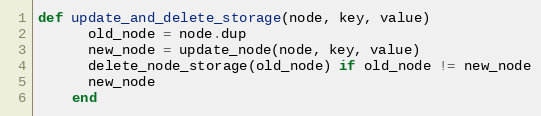
Language: Ruby
def update_and_delete_storage(node, key, value)
      old_node = node.dup
      new_node = update_node(node, key, value)
      delete_node_storage(old_node) if old_node != new_node
      new_node
    end